Civil Veterinary Department Bihar & Orissa reports 1929-36 - 1929-1936
Year: 1929
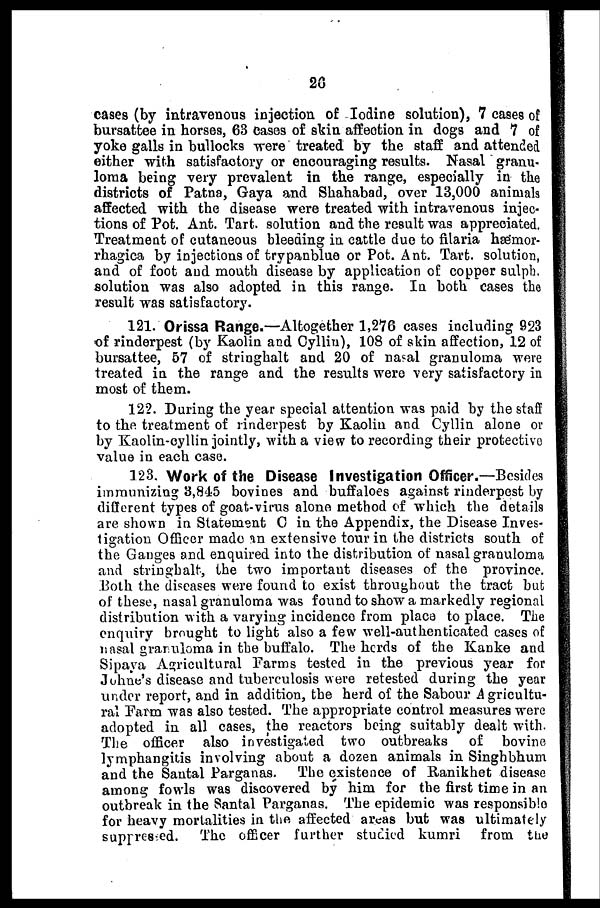
20
cases (by intravenous injection of Iodine solution), 7 cases of
bursattee in horses, 63 cases of skin affection in dogs and 7 of
yoke galls in bullocks were treated by the staff and attended
either with satisfactory or encouraging results. Nasal granu-
loma being very prevalent in the range, especially in the
districts of Patna, Gaya and Shahabad, over 13,000 animals
affected with the disease were treated with intravenous injec-
tions of Pot. Ant. Tart. solution and the result was appreciated.
Treatment of cutaneous bleeding in cattle due to filaria hæmor-
rhagica by injections of trypanblue or Pot. Ant. Tart. solution,
and of foot and mouth disease by application of copper sulph.
solution was also adopted in this range. In both cases the
result was satisfactory.
121. Orissa Range.—Altogether 1,276 cases including 923
of rinderpest (by Kaolin and Cyllin), 108 of skin affection, 12 of
bursattee, 57 of stringhalt and 20 of nasal granuloma were
treated in the range and the results were very satisfactory in
most of them.
122. During the year special attention was paid by the staff
to the treatment of rinderpest by Kaolin and Cyllin alone or
by Kaolin-cyllin jointly, with a view to recording their protective
value in each case.
123. Work of the Disease Investigation Officer.—Besides
immunizing 3,845 bovines and buffaloes against rinderpest by
different types of goat-virus alone method of which the details
are shown in Statement C in the Appendix, the Disease Inves-
tigation Officer made an extensive tour in the districts south of
the Ganges and enquired into the distribution of nasal granuloma
and stringhalt, the two important diseases of the province.
Both the diseases were found to exist throughout the tract but
of these, nasal granuloma was found to show a markedly regional
distribution with a varying incidence from place to place. The
enquiry brought to light also a few well-authenticated cases of
nasal granuloma in the buffalo. The herds of the Kanke and
Sipaya Agricultural Farms tested in the previous year for
Johne's disease and tuberculosis were retested during the year
under report, and in addition, the herd of the Sabour Agricultu-
ral Farm was also tested. The appropriate control measures were
adopted in all cases, the reactors being suitably dealt with.
The officer also investigated two outbreaks of bovine
lymphangitis involving about a dozen animals in Singhbhum
and the Santal Parganas. The existence of Ranikhet disease
among fowls was discovered by him for the first time in an
outbreak in the Santal Parganas. The epidemic was responsible
for heavy mortalities in the affected areas but was ultimately
suppressed. The officer further studied kumri from the